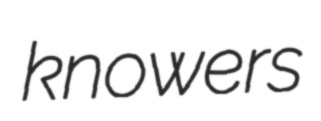
knowers